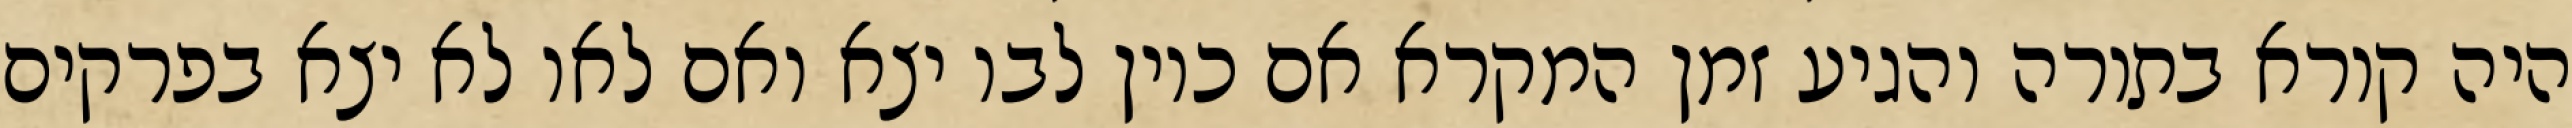
היה קורא בתורה והגיע זמן המקרא אם כיון לבו יצא ואם לאו לא יצא בפרקים